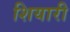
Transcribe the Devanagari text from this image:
शियारी